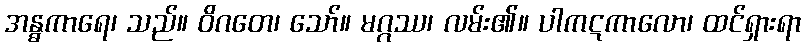
အန္ဓကာရေ၊ သည်။ ဝိဂတေ၊ သော်။ မဂ္ဂဿ၊ လမ်း၏။ ပါကဋကာလော၊ ထင်ရှားရာ